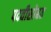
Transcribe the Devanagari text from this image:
पदवीसोबत